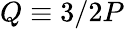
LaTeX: Q\equiv 3/2P